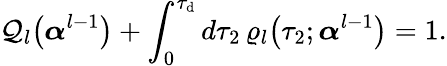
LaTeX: \mathcal{Q}_{l}\big(\boldsymbol{\alpha}^{l-1}\big)+\int_{0}^{\tau_{\mathrm{d}}}d\tau_{2}\, \varrho_{l}\big(\tau_{2};\boldsymbol{\alpha}^{l-1}\big)=1.